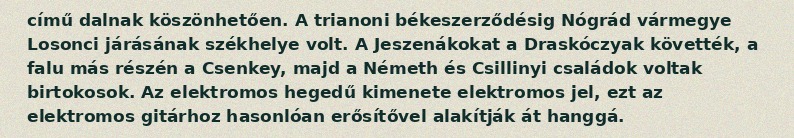
című dalnak köszönhetően. A trianoni békeszerződésig Nógrád vármegye Losonci járásának székhelye volt. A Jeszenákokat a Draskóczyak követték, a falu más részén a Csenkey, majd a Németh és Csillinyi családok voltak birtokosok. Az elektromos hegedű kimenete elektromos jel, ezt az elektromos gitárhoz hasonlóan erősítővel alakítják át hanggá.